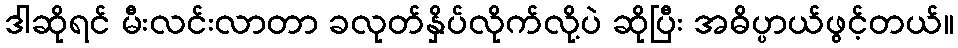
ဒါဆိုရင် မီးလင်းလာတာ ခလုတ်နှိပ်လိုက်လို့ပဲ ဆိုပြီး အဓိပ္ပာယ်ဖွင့်တယ်။